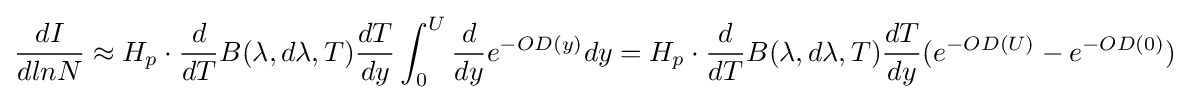
{\frac {dI}{dlnN}}\approx H_{p}\cdot {\frac {d}{dT}}B(\lambda ,d\lambda ,T){\frac {dT}{dy}}\int _{0}^{U}{\frac {d}{dy}}e^{-OD(y)}dy=H_{p}\cdot {\frac {d}{dT}}B(\lambda ,d\lambda ,T){\frac {dT}{dy}}(e^{-OD(U)}-e^{-OD(0)})